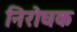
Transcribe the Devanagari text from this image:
निरोघक